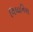
વિધાનિયા